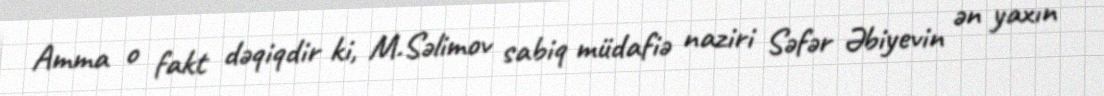
Amma o fakt dəqiqdir ki, M.Səlimov sabiq müdafiə naziri Səfər Əbiyevin ən yaxın